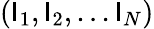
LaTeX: (\mathsf{I}_{1},\mathsf{I}_{2},...\mathsf{I}_{N})